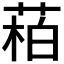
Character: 𬝌